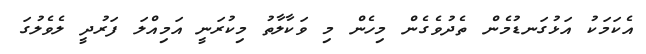
އެކަމަކު އަޅުގަނޑުމެން ތެދުވެގެން މިހެން މި ވަކާލާތު މިކުރަނީ އަމިއްލަ ފަރުދީ ލެވެލުގަ